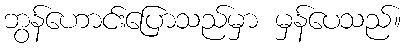
ဘွန်ဟောင်းပြောသည်မှာ မှန်ပေသည်။